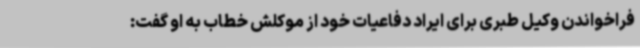
فراخواندن وکیل طبری برای ایراد دفاعیات خود از موکلش خطاب به او گفت: